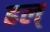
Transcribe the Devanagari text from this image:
ढल्